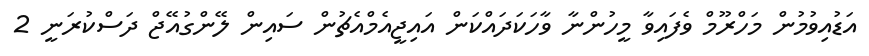
އަޑުއިވުމުން މަހްރޫމް ވެފައިވާ މީހުންނާ ވާހަކަދައްކަން އައިޖީއެމްއެޗުން ސައިން ލޭންގުއޭޖް ދަސްކުރަނީ 2